Newspaper: The Greenville times. [volume]
Place of publication: Greenville, Miss.
Publisher: [publisher not identified]
Date: 1895-12-07 00:00:00
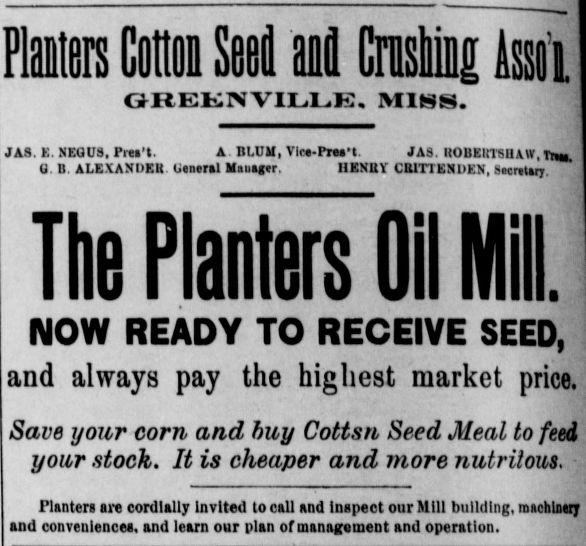
Advertisement text (OCR):
Fliers Coil m Mm Asso n GREENVILLE. MIHS. JA9. E. NEOU8. Frei't. A. BLUM, VIca-PrM'l JA3. ROBEltlSUA.tr, Tn, 0. B. ALEX AN DEB Utncral Hansen. HENuY CEITTENUEN, Saorttarj. The Planters Oil bill. NOW READY TO RECEIVE SEED, and always pay the highest market price. Save your com and buy Cottsn Seed Meal to feed your stock. It is cheaper and more nutrilous. Planters are cordially Invited to call and Inspect our Mill building, machlttry and conveniences, and learn our plan of management and operation.
Label: text-only